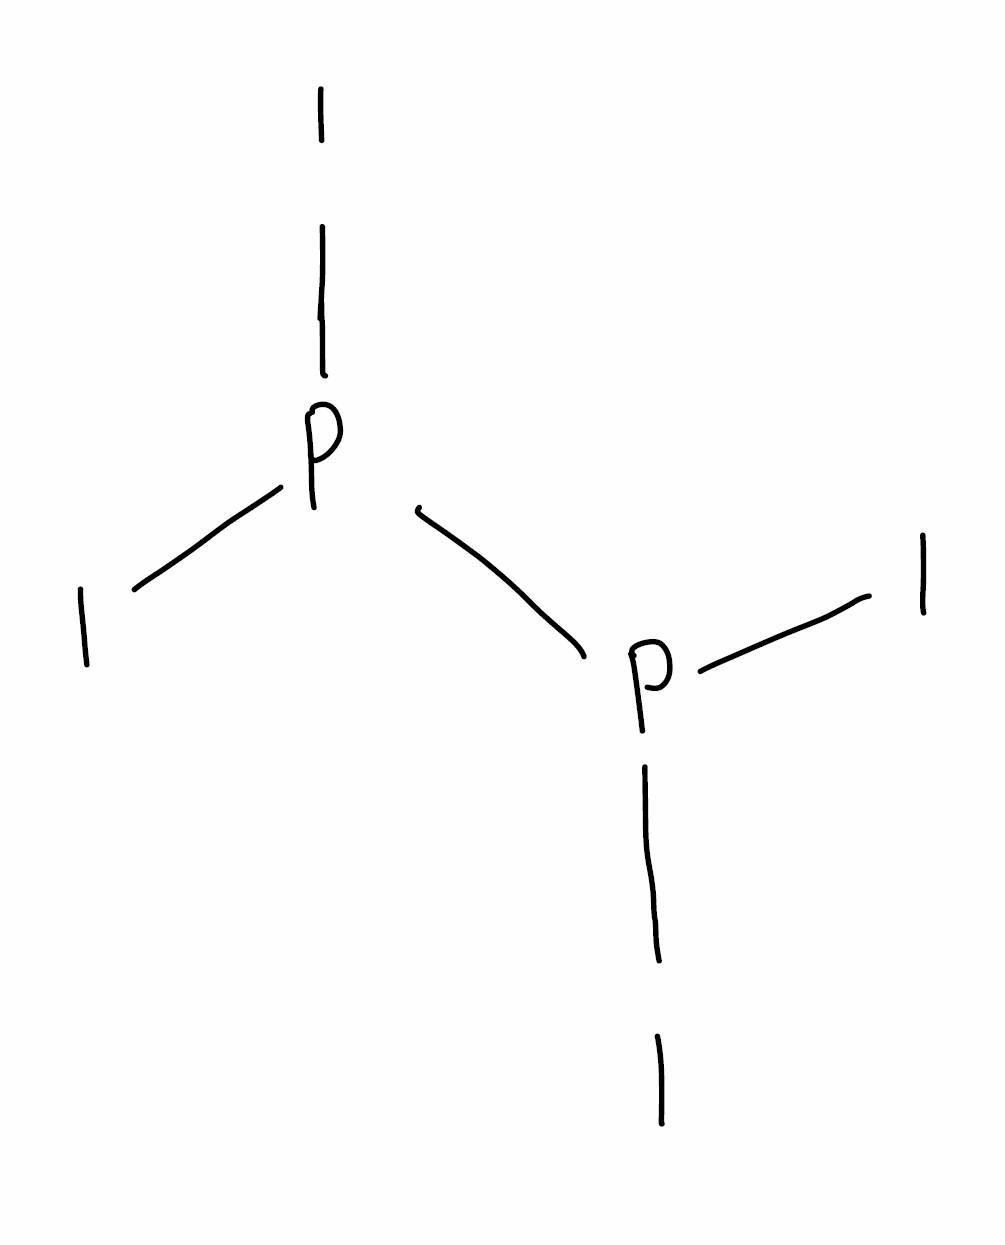
Simplified molecular-input line-entry system (SMILES) notation of the given molecule:
P(P(I)I)(I)I